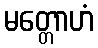
မတ္တောဟံ